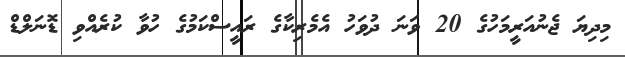
މިދިޔަ ޖެނުއަރީމަހުގެ 20 ވަނަ ދުވަހު އެމެރިކާގެ ރައީސްކަމުގެ ހުވާ ކުރެއްވި ޑޮނަލްޑް